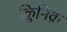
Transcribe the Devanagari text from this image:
क्लिनिक़